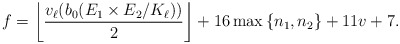
\begin{align*}f=\left\lfloor \frac{v_\ell(b_0(E_1 \times E_2/K_\ell))}{2} \right\rfloor+ 16\max\left\{n_1,n_2\right\} +11v + 7.\end{align*}